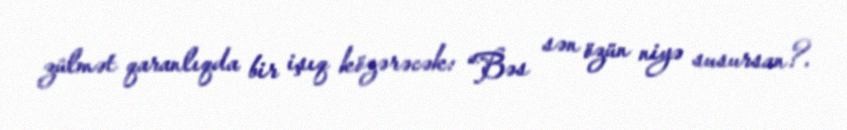
zülmət qaranlıqda bir işıq közərəcək: “Bəs sən özün niyə susursan?.